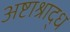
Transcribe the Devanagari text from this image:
अष्टाश्राद्ध